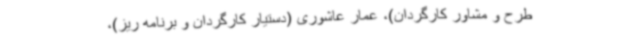
طرح و مشاور کارگردان)، عمار عاشوری (دستیار کارگردان و برنامه ریز)،